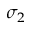
\sigma _ { 2 }